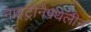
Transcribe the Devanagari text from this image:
नाइट्रोनैपथलीन